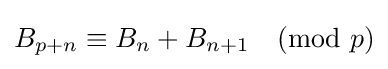
B_{p+n}\equiv B_{n}+B_{n+1}{\pmod {p}}